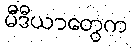
မီဒီယာတွေက